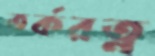
তর্করত্ন